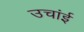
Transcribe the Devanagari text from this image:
उचांई